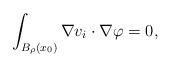
LaTeX: \begin{align*}\int_{B_{\rho}(x_0)} \nabla v_i \cdot \nabla \varphi = 0,\end{align*}